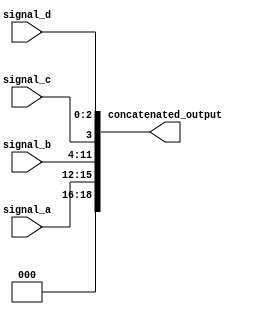
module concatenation_example (
    input wire [3:0] signal_a,     // 4-bit input signal
    input wire [7:0] signal_b,     // 8-bit input signal
    input wire        signal_c,     // 1-bit input signal
    input wire [2:0] signal_d,     // 3-bit input signal
    output wire [18:0] concatenated_output // Output vector width is 18 bits
);

// Continuous assignment using concatenation
assign concatenated_output = {signal_a, signal_b, signal_c, signal_d};

endmodule